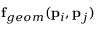
\mathbf { f } _ { g e o m } ( \mathbf { p } _ { i } , \mathbf { p } _ { j } )